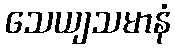
သေယျသမာနံ